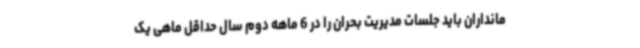
مانداران باید جلسات مدیریت بحران را در 6 ماهه دوم سال حداقل ماهی یک